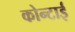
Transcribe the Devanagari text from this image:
कोन्टाई